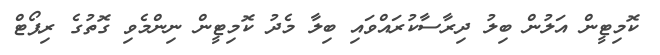
ކޮމިޓީން އަލުން ބިލު ދިރާސާކުރައްވައި ބިލާ މެދު ކޮމިޓީން ނިންމެވި ގޮތުގެ ރިޕޯޓް